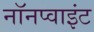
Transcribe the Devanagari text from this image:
नॉनप्वाइंट